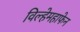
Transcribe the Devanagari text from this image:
विल्हेमहाफेन